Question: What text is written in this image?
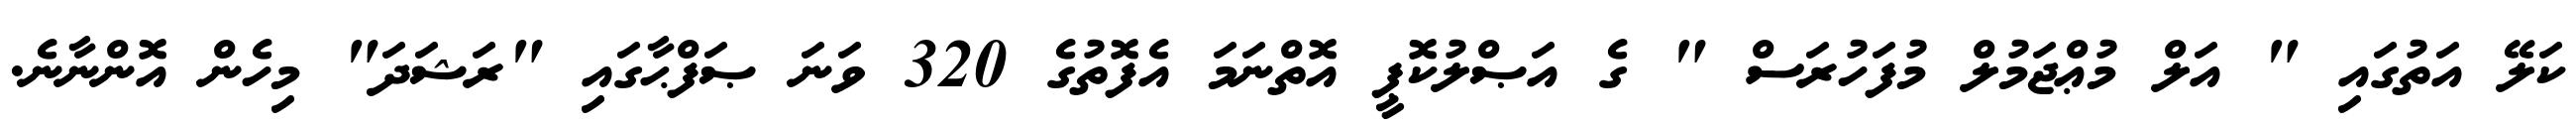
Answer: ކަލޭ އަތުގައި " އަލް މުޢްޖަމުލް މުފަހުރަސް " ގެ އަޞްލުކޮޕީ އޮތްނަމަ އެފޮތުގެ 320 ވަނަ ޞަފްޙާގައި "ރަޝަދަ" މިހެން އޮންނާނެ.